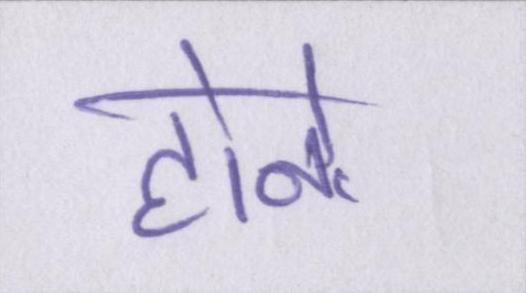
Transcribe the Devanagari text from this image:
होने